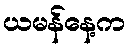
ယမန်နေ့က